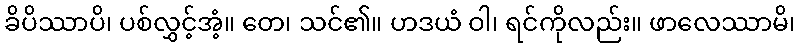
ခိပိဿာပိ၊ ပစ်လွှင့်အံ့။ တေ၊ သင်၏။ ဟဒယံ ဝါ၊ ရင်ကိုလည်း။ ဖာလေဿာမိ၊